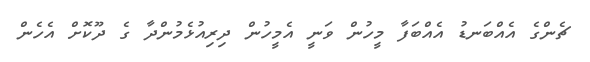
ޗެންގެ އެއްބަނޑު އެއްބަފާ މީހުން ވަނީ އެމީހުން ދިރިއުޅެމުންދާ ގެ ދޫކޮށް އެހެން